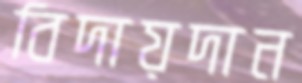
বিদায়দান